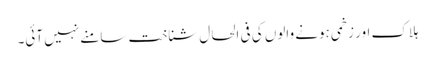
ہلاک اور زخمی ہونے والوں کی فی الحال شناخت سامنے نہیں آئی۔